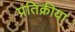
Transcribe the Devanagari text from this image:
प्रतिक्रीया